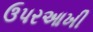
ઉપરઆખી